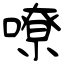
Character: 嘹